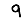
Digit: 9